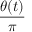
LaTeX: \frac { \theta ( t ) } { \pi }